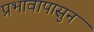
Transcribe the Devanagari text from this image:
प्रभावापासुन